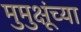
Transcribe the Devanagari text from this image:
मुमुक्षूंच्या